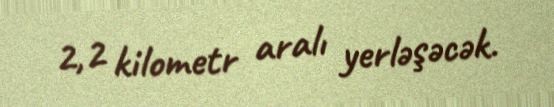
2,2 kilometr aralı yerləşəcək.